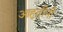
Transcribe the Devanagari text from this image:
आहुतींनी